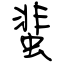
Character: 蜚